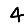
Digit: 4